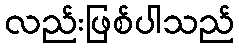
လည်းဖြစ်ပါသည်